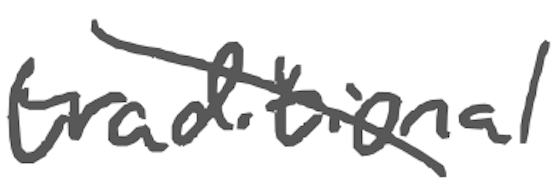
Text: traditional
Cross-out: diagonal
Writing tool: digital_gray